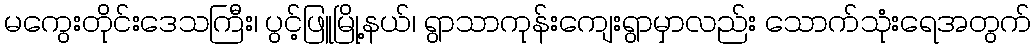
မကွေးတိုင်းဒေသကြီး၊ ပွင့်ဖြူမြို့နယ်၊ ရွာသာကုန်းကျေးရွာမှာလည်း သောက်သုံးရေအတွက်